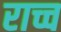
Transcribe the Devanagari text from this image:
राच्च